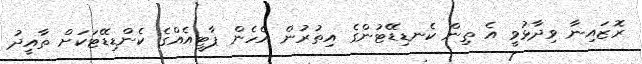
ރޮޒައިނާ ވިދާޅުވީ އެ ތިން ކެނޑިޑޭޓުންގެ އިތުރުން އެހެން ޕާޓީއެއްގެ ކެންޑިޑޭޓަކަށް ތާއީދު